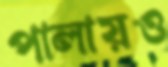
পালায়ও